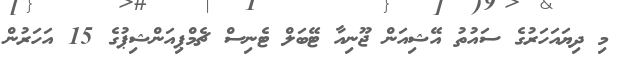
މި ދިޔައަހަރުގެ ސައުތު އޭޝިއަން ޖޫނިއާ ޓޭބަލް ޓެނިސް ޗެމްޕިއަންޝިޕުގެ 15 އަހަރުން